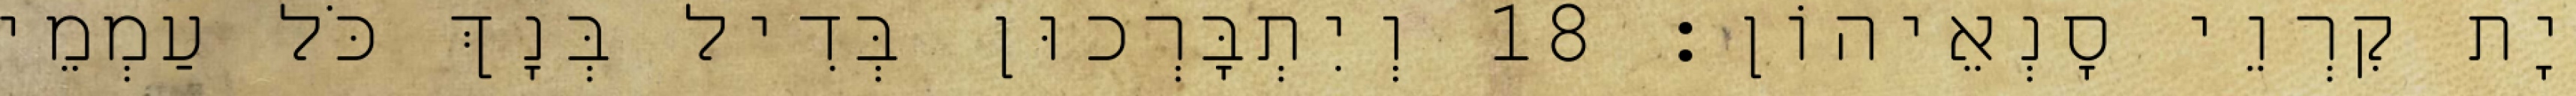
יָת קִרְוֵי סָנְאֵיהוֹן׃ 18 וְיִתְבָּרְכוּן בְּדִיל בְּנָךְ כֹּל עַמְמֵי